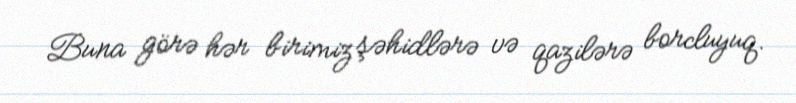
Buna görə hər birimiz şəhidlərə və qazilərə borcluyuq.